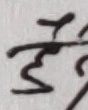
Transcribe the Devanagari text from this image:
हेल